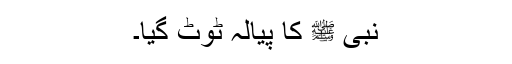
نبی ﷺ کا پیالہ ٹوٹ گیا۔